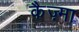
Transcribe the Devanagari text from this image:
कैज़्मा